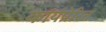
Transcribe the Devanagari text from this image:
कार्यप्रेरित